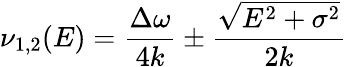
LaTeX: \nu_{1,2}(E)=\frac{\Delta\omega}{4k}\pm\frac{\sqrt{E^{2}+\sigma^{2}}}{2k}